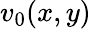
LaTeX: v_{0}(x,y)